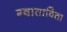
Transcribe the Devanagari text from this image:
ग्वाताविता